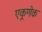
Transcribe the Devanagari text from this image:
एकूणेक